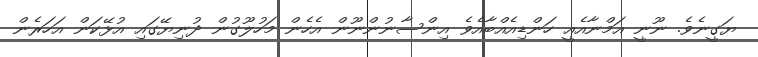
ޔަގީނެވެ. ނޫނީ އަމްނާއެއީ ހަންޑިއެއްބާއެވެ އިންސާނުންނޫން އެހެން މަހުލޫގުން ދުނިޔޭގައި އުޅޭކަން އަހަރެން